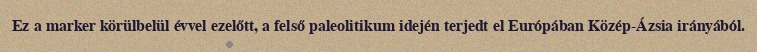
Ez a marker körülbelül évvel ezelőtt, a felső paleolitikum idején terjedt el Európában Közép-Ázsia irányából.